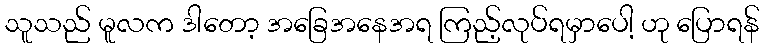
သူသည် မူလက ဒါတော့ အခြေအနေအရ ကြည့်လုပ်ရမှာပေါ့ ဟု ပြောရန်